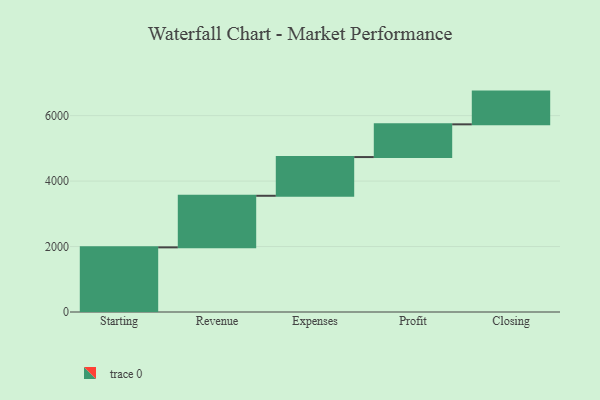
{"axis": {"x": "Step", "y": "Value"}, "legend": [""], "data": [{"x": "Starting", "y": 1975.0, "type": ""}, {"x": "Revenue", "y": 1576.0, "type": ""}, {"x": "Expenses", "y": 1183.0, "type": ""}, {"x": "Profit", "y": 1000, "type": ""}, {"x": "Closing", "y": 1000, "type": ""}]}